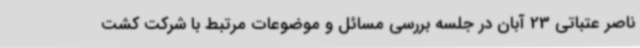
ناصر عتباتی 23 آبان در جلسه بررسی مسائل و موضوعات مرتبط با شرکت کشت